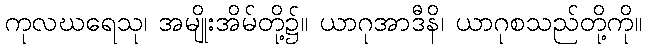
ကုလဃရေသု၊ အမျိုးအိမ်တို့၌။ ယာဂုအာဒီနိ၊ ယာဂုစသည်တို့ကို။